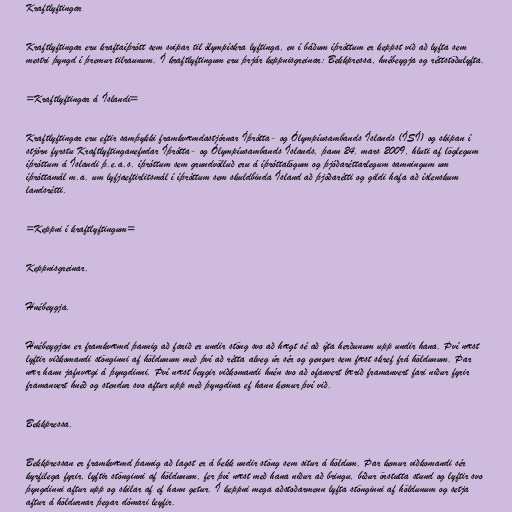
Kraftlyftingar

Kraftlyftingar eru kraftaíþrótt sem svipar til ólympískra lyftinga, en í báðum íþróttum er keppst við að lyfta sem
mestri þyngd í þremur tilraunum. Í kraftlyftingum eru þrjár keppnisgreinar: Bekkpressa, hnébeygja og réttstöðulyfta.

=Kraftlyftingar á Íslandi=

Kraftlyftingar eru eftir samþykki framkvæmdastjórnar Íþrótta- og Ólympíusambands Íslands (ÍSÍ) og skipan í
stjórn fyrstu Kraftlyftinganefndar Íþrótta- og Ólympíusambands Íslands, þann 24. mars 2009, hluti af löglegum
íþróttum á Íslandi þ.e.a.s. íþróttum sem grundvölluð eru á íþróttalögum og þjóðaréttarlegum samningum um
íþróttamál m.a. um lyfjaeftirlitsmál í íþróttum sem skuldbinda Ísland að þjóðarétti og gildi hafa að íslenskum
landsrétti.

=Keppni í kraftlyftingum=

Keppnisgreinar.

Hnébeygja.

Hnébeygjan er framkvæmd þannig að farið er undir stöng svo að hægt sé að ýta herðunum upp undir hana. Því næst
lyftir viðkomandi stönginni af höldunum með því að rétta alveg úr sér og gengur sem fæst skref frá höldunum. Þar
nær hann jafnvægi á þyngdinni. Því næst beygir viðkomandi hnén svo að ofanvert lærið framanvert fari niður fyrir
framanvert hnéð og stendur svo aftur upp með þyngdina ef hann kemur því við.

Bekkpressa.

Bekkpressan er framkvæmd þannig að lagst er á bekk undir stöng sem situr á höldum. Þar kemur viðkomandi sér
kyrfilega fyrir, lyftir stönginni af höldunum, fer því næst með hana niður að bringu, bíður örstutta stund og lyftir svo
þyngdinni aftur upp og skilar af ef hann getur. Í keppni mega aðstoðarmenn lyfta stönginni af höldunum og setja
aftur á höldurnar þegar dómari leyfir.